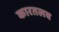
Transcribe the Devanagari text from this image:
कारतलब